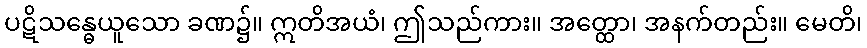
ပဋိသန္ဓေယူသော ခဏ၌။ ဣတိအယံ၊ ဤသည်ကား။ အတ္ထော၊ အနက်တည်း။ မေတိ၊